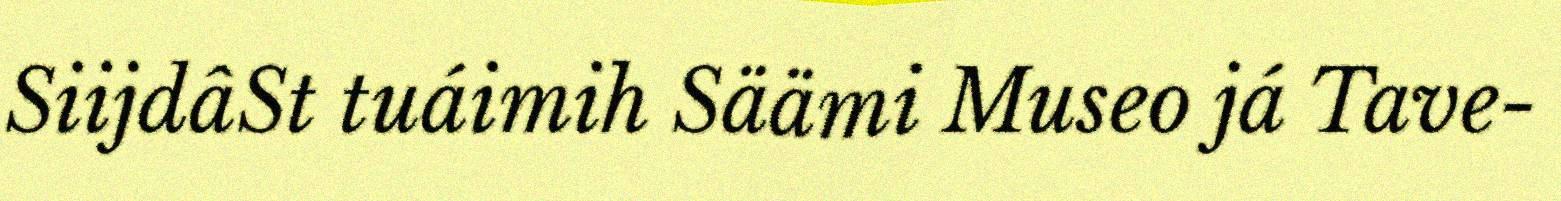
SiijdâSt tuáimih Säämi Museo já Tave-